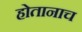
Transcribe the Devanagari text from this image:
होतानाच